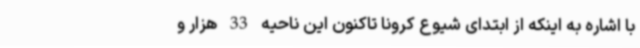
با اشاره به اینکه از ابتدای شیوع کرونا تاکنون این ناحیه 33 هزار و